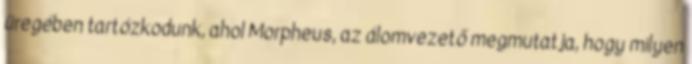
üregében tartózkodunk, ahol Morpheus, az álomvezető megmutatja, hogy milyen